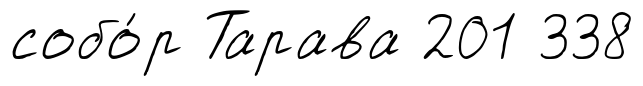
собо́р Тарава 201 338